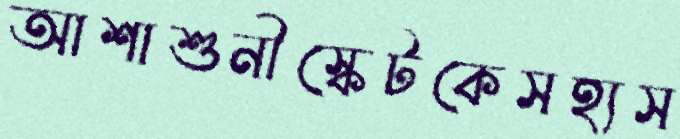
আশাশুনীস্কেটকেসহ্যস